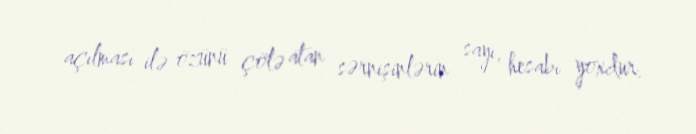
açılması ilə özünü çölə atan sərnişinlərin sayı, hesabı yoxdur.